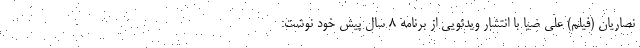
نصاریان (فیلم) علی ضیا با انتشار ویدئویی از برنامه ۸ سال پیش خود نوشت: